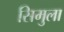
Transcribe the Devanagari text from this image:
सिमुला